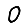
Digit: 0